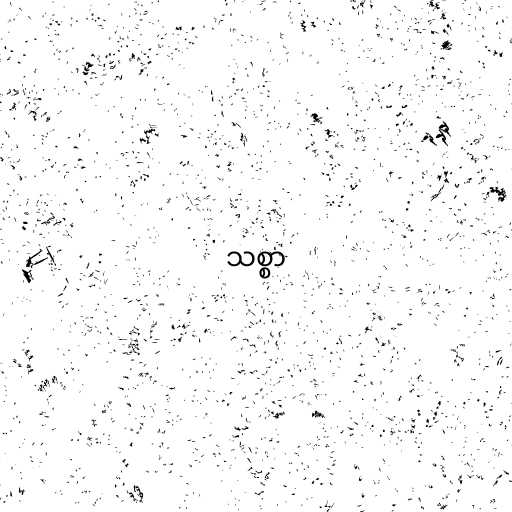
သစ္စာ